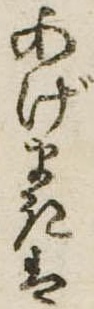
あげまきは